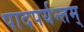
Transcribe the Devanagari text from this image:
पादपर्यन्तम्‌